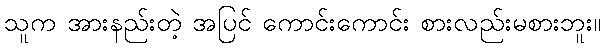
သူက အားနည်းတဲ့ အပြင် ကောင်းကောင်း စားလည်းမစားဘူး။